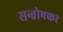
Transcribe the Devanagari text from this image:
सन्तोषकर